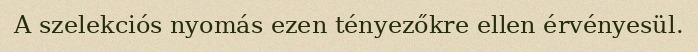
A szelekciós nyomás ezen tényezőkre ellen érvényesül.